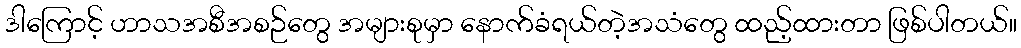
ဒါကြောင့် ဟာသအစီအစဉ်တွေ အများစုမှာ နောက်ခံရယ်တဲ့အသံတွေ ထည့်ထားတာ ဖြစ်ပါတယ်။